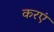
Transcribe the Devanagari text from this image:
करएं